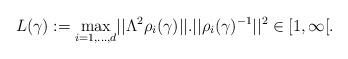
LaTeX: \begin{align*}L(\gamma):= \underset{i=1, \ldots, d}{\max} ||\Lambda^{2}\rho_{i}(\gamma)||.||\rho_{i}(\gamma)^{-1}||^{2} \in [1, \infty[ .\end{align*}